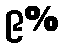
၉%